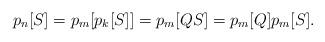
LaTeX: \begin{align*}p_n[S]=p_m[p_k[S]] = p_m[QS] = p_m[Q] p_m[S].\end{align*}